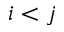
i < j